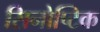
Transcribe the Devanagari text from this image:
सिनोप्टिक